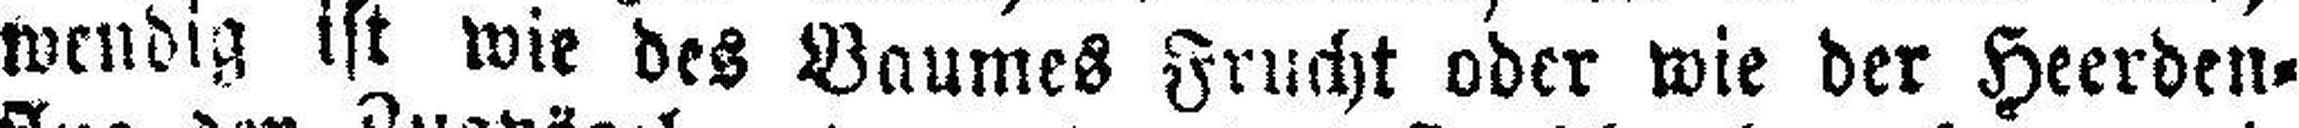
wendig ist wir des Baumes Frucht oder wie der Heerden¬